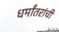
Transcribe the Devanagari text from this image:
धर्मांतरांची